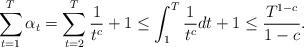
LaTeX: \begin{align*}&\sum_{t=1}^T\alpha_{t}=\sum_{t=2}^{T}\frac{1}{t^c}+1\le\int_{1}^{T}\frac{1}{t^c}dt+1\le\frac{T^{1-c}}{1-c}.\end{align*}